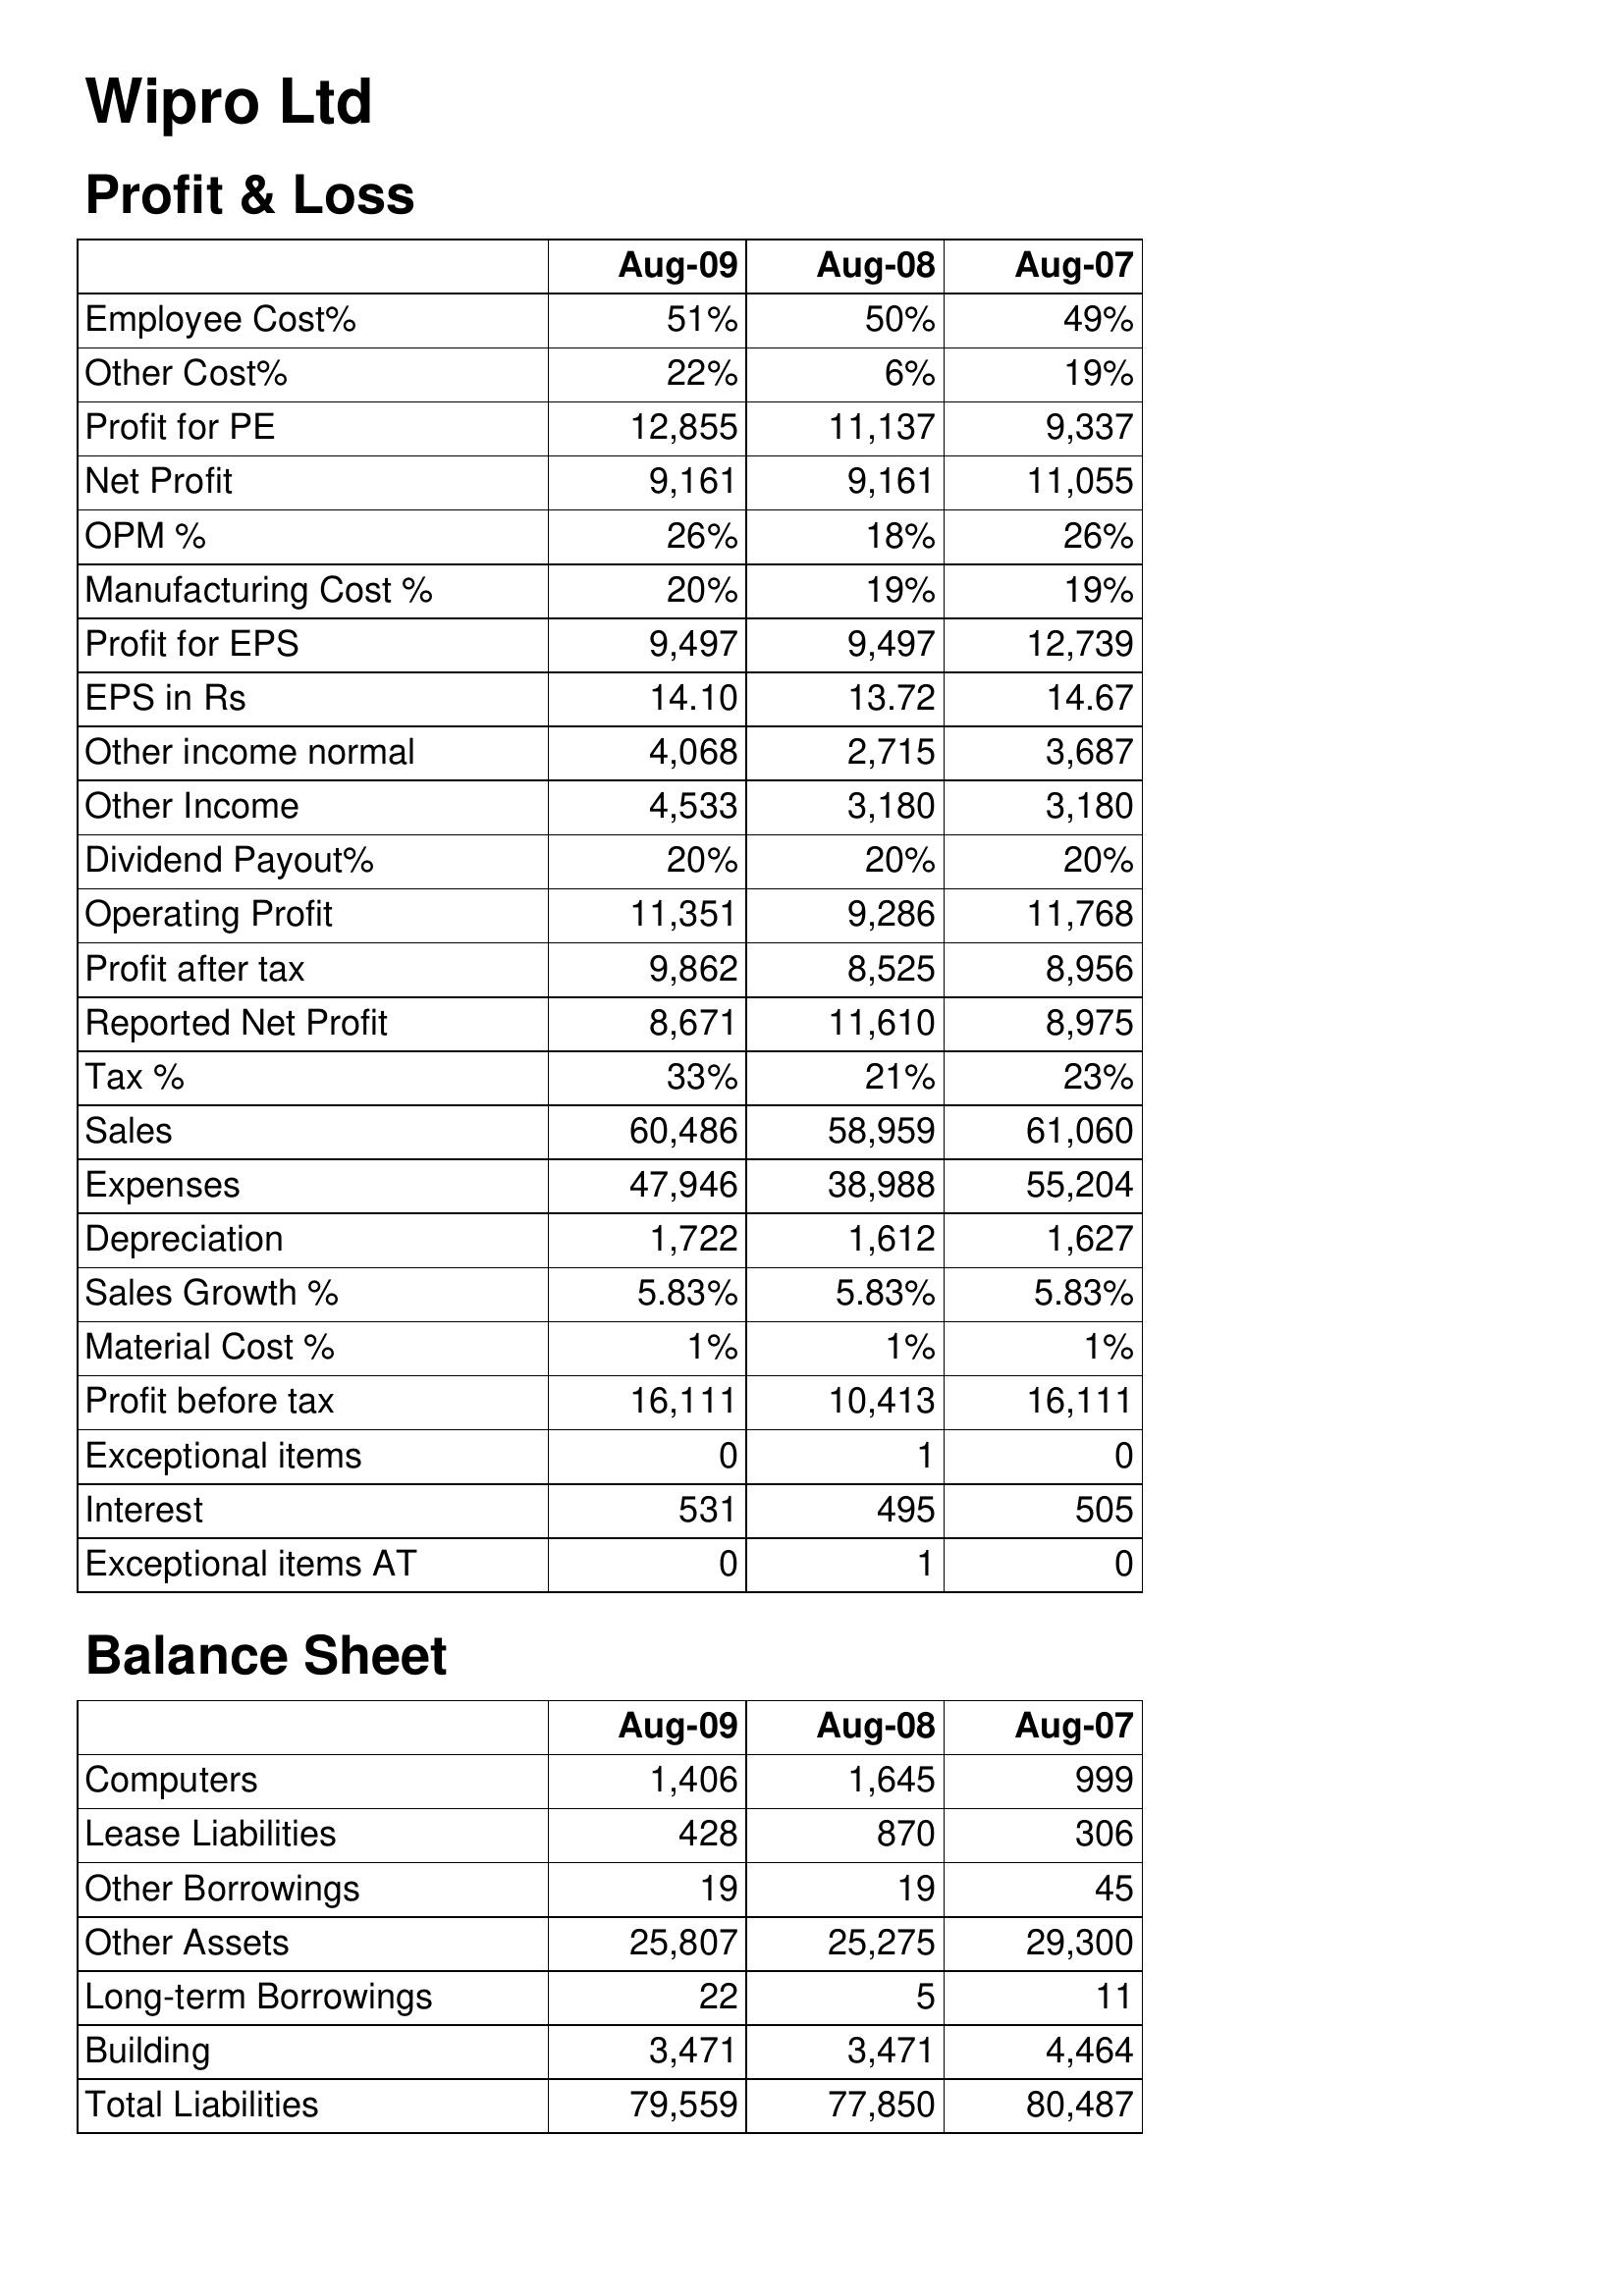
Aug-09: Profit & Loss: Employee Cost%: 51%
Other Cost%: 22%
Profit for PE: 12,855
Net Profit: 9,161
OPM %: 26%
Manufacturing Cost %: 20%
Profit for EPS: 9,497
EPS in Rs: 14.10
Other income normal: 4,068
Other Income: 4,533
Dividend Payout%: 20%
Operating Profit: 11,351
Profit after tax: 9,862
Reported Net Profit: 8,671
Tax %: 33%
Sales: 60,486
Expenses: 47,946
Depreciation: 1,722
Sales Growth %: 5.83%
Material Cost %: 1%
Profit before tax: 16,111
Exceptional items: 0
Interest: 531
Exceptional items AT: 0
Balance Sheet: Computers: 1,406
Lease Liabilities: 428
Other Borrowings: 19
Other Assets: 25,807
Long-term Borrowings: 22
Building: 3,471
Total Liabilities: 79,559
Aug-08: Profit & Loss: Employee Cost%: 50%
Other Cost%: 6%
Profit for PE: 11,137
Net Profit: 9,161
OPM %: 18%
Manufacturing Cost %: 19%
Profit for EPS: 9,497
EPS in Rs: 13.72
Other income normal: 2,715
Other Income: 3,180
Dividend Payout%: 20%
Operating Profit: 9,286
Profit after tax: 8,525
Reported Net Profit: 11,610
Tax %: 21%
Sales: 58,959
Expenses: 38,988
Depreciation: 1,612
Sales Growth %: 5.83%
Material Cost %: 1%
Profit before tax: 10,413
Exceptional items: 1
Interest: 495
Exceptional items AT: 1
Balance Sheet: Computers: 1,645
Lease Liabilities: 870
Other Borrowings: 19
Other Assets: 25,275
Long-term Borrowings: 5
Building: 3,471
Total Liabilities: 77,850
Aug-07: Profit & Loss: Employee Cost%: 49%
Other Cost%: 19%
Profit for PE: 9,337
Net Profit: 11,055
OPM %: 26%
Manufacturing Cost %: 19%
Profit for EPS: 12,739
EPS in Rs: 14.67
Other income normal: 3,687
Other Income: 3,180
Dividend Payout%: 20%
Operating Profit: 11,768
Profit after tax: 8,956
Reported Net Profit: 8,975
Tax %: 23%
Sales: 61,060
Expenses: 55,204
Depreciation: 1,627
Sales Growth %: 5.83%
Material Cost %: 1%
Profit before tax: 16,111
Exceptional items: 0
Interest: 505
Exceptional items AT: 0
Balance Sheet: Computers: 999
Lease Liabilities: 306
Other Borrowings: 45
Other Assets: 29,300
Long-term Borrowings: 11
Building: 4,464
Total Liabilities: 80,487